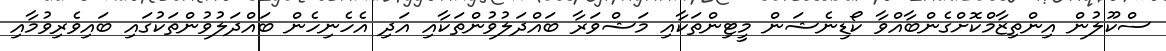
ސްކޫލުން އިންތިޒާމްކޮށްގެންބާއްވާ ކޯޑިނެޝަން މީޓިންތަކާއި މަޝްވަރާ ބައްދަލުވުންތަކާއި އަދި އެހެނިހެން ބައްދަލުވުންތަކުގައި ބައިވެރިވުމާއި